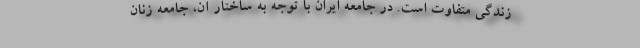
زندگی متفاوت است. در جامعه ایران با توجه به ساختار آن، جامعه زنان